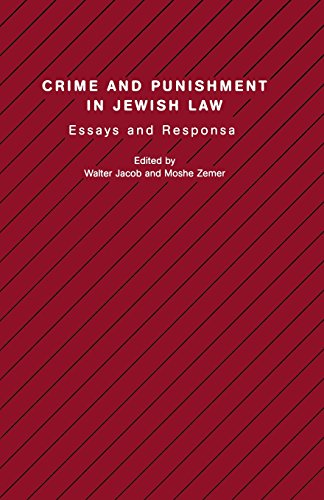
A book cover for Crime and Punishment in Jewish Law: Essays and Responsa (Studies in Progressive Halakhah); Religion & Spirituality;